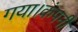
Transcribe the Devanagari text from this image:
गया।कंपनी